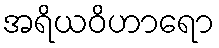
အရိယဝိဟာရော